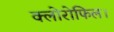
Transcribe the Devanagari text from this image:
क्लोरोफिल।